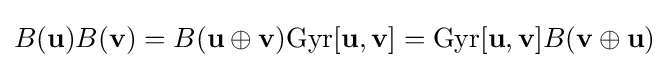
B(\mathbf {u} )B(\mathbf {v} )=B(\mathbf {u} \oplus \mathbf {v} )\mathrm {Gyr} [\mathbf {u} ,\mathbf {v} ]=\mathrm {Gyr} [\mathbf {u} ,\mathbf {v} ]B(\mathbf {v} \oplus \mathbf {u} )